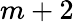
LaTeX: m+2